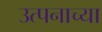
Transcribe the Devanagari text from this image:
उत्पनाच्या